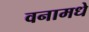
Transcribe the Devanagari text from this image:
वनामधे